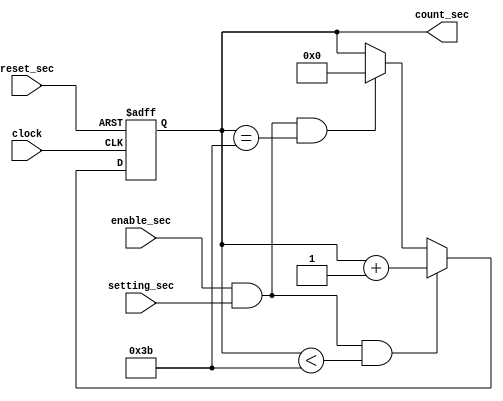
`timescale 1ns / 1ps
//////////////////////////////////////////////////////////////////////////////////
// Company: 
// Engineer: 
// 
// Design Name: 
// Module Name:    alarm_sec 
// Project Name: 
// Target Devices: 
// Tool versions: 
// Description: 
//
// Dependencies: 
//
// Revision: 
// Revision 0.01 - File Created
// Additional Comments: 
//
//////////////////////////////////////////////////////////////////////////////////
module alarm_sec(setting_sec, count_sec, enable_sec, reset_sec, clock);
 
    input enable_sec, reset_sec, clock;
	 input setting_sec;
    //input [5:0] data_sec;
    output [5:0]count_sec;
    reg [5:0] count_sec;
	 //output [5:0]count_sec1;
	 //reg [5:0] count_sec1;
	 //output carry_sec;
    //reg  carry_sec;
	 //output carry_sec1;
    //reg  carry_sec1;
	 
     always @ (posedge clock or posedge reset_sec )
         begin
		     if (reset_sec)begin
		         count_sec<=6'b000000;
					//carry_sec<=2'b0;
					end				
		     else if (enable_sec && setting_sec && count_sec<59 ) begin
			      count_sec<=count_sec+1;	
					end
			  else if (enable_sec && setting_sec && count_sec==59 ) begin
			      count_sec<=6'b000000;	
					end	
			end		
endmodule